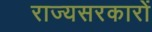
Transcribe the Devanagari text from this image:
राज्यसरकारों